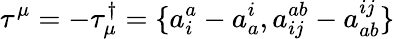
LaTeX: \tau^{\mu}=-\tau_{\mu}^{\dagger}=\{ a_{i}^{a}-a_{a}^{i},a_{ij}^{ab}-a_{ab}^{ij}\}